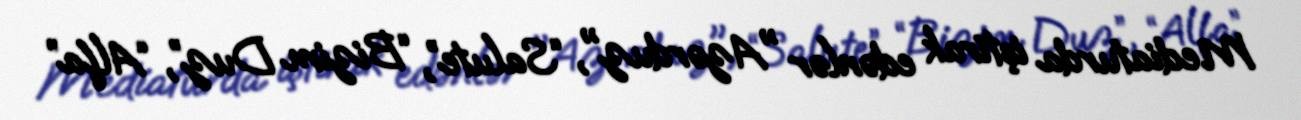
Mediaturda iştirak edənlər "Azərduz", “Salute”, “Bizim Duz”, “Alfa”